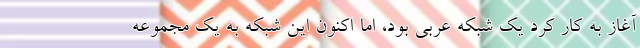
آغاز به کار کرد یک شبکه عربی بود، اما اکنون این شبکه به یک مجموعه